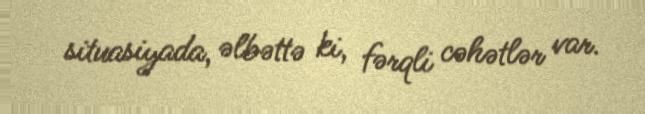
situasiyada, əlbəttə ki, fərqli cəhətlər var.